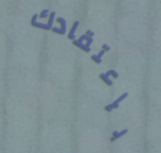
بإعتقادك